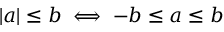
| a | \leq b \iff - b \leq a \leq b